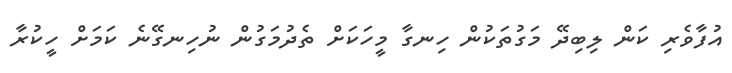
އުފާވެރި ކަން ލިބިދޭ މަގުތަކުން ހިނގާ މީހަކަށް ތެދުމަގުން ނުހިނގޭނެ ކަމަށް ހީކުރާ